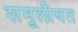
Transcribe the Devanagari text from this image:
शमूलीयत